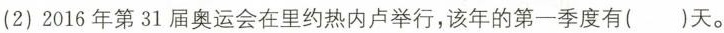
(2)2016年第31届奥运会在里约热内卢举行，该年的第一季度有()天。